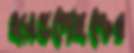
হ্যান্ডপেইন্টের